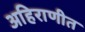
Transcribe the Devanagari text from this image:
अहिराणीत